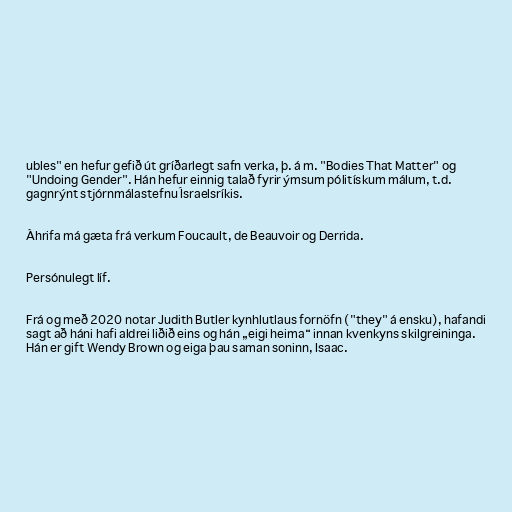
ubles" en hefur gefið út gríðarlegt safn verka, þ. á m. "Bodies That Matter" og
"Undoing Gender". Hán hefur einnig talað fyrir ýmsum pólitískum málum, t.d.
gagnrýnt stjórnmálastefnu Ísraelsríkis.

Áhrifa má gæta frá verkum Foucault, de Beauvoir og Derrida.

Persónulegt líf.

Frá og með 2020 notar Judith Butler kynhlutlaus fornöfn ("they" á ensku), hafandi
sagt að háni hafi aldrei liðið eins og hán „eigi heima“ innan kvenkyns skilgreininga.
Hán er gift Wendy Brown og eiga þau saman soninn, Isaac.